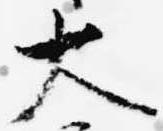
大